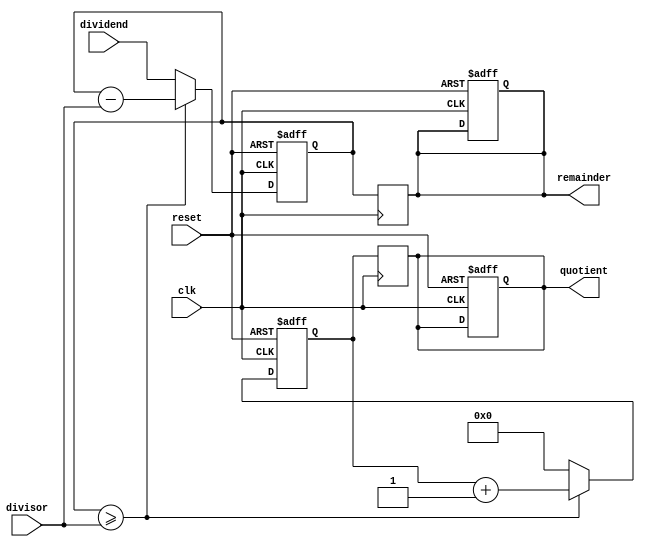
module Counter_Based_Divider(
  input wire clk,
  input wire reset,
  input wire [7:0] dividend,
  input wire [7:0] divisor,
  output reg [7:0] quotient,
  output reg [7:0] remainder
);

reg [7:0] temp_rem;
reg [7:0] temp_quo;
reg [7:0] count;

always @(posedge clk or posedge reset) begin
  if (reset) begin
    count <= 0;
    temp_rem <= 0;
    temp_quo <= 0;
    quotient <= 0;
    remainder <= 0;
  end else begin
    if (temp_rem >= divisor) begin
      temp_rem <= temp_rem - divisor;
      temp_quo <= temp_quo + 1;
    end else begin
      temp_rem <= dividend;
      temp_quo <= 0;
      count <= count + 1;
    end
  end
end

always @(posedge clk) begin
  quotient <= temp_quo;
  remainder <= temp_rem;
end

endmodule